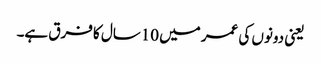
یعنی دونوں کی عمر میں 10سال کا فرق ہے۔